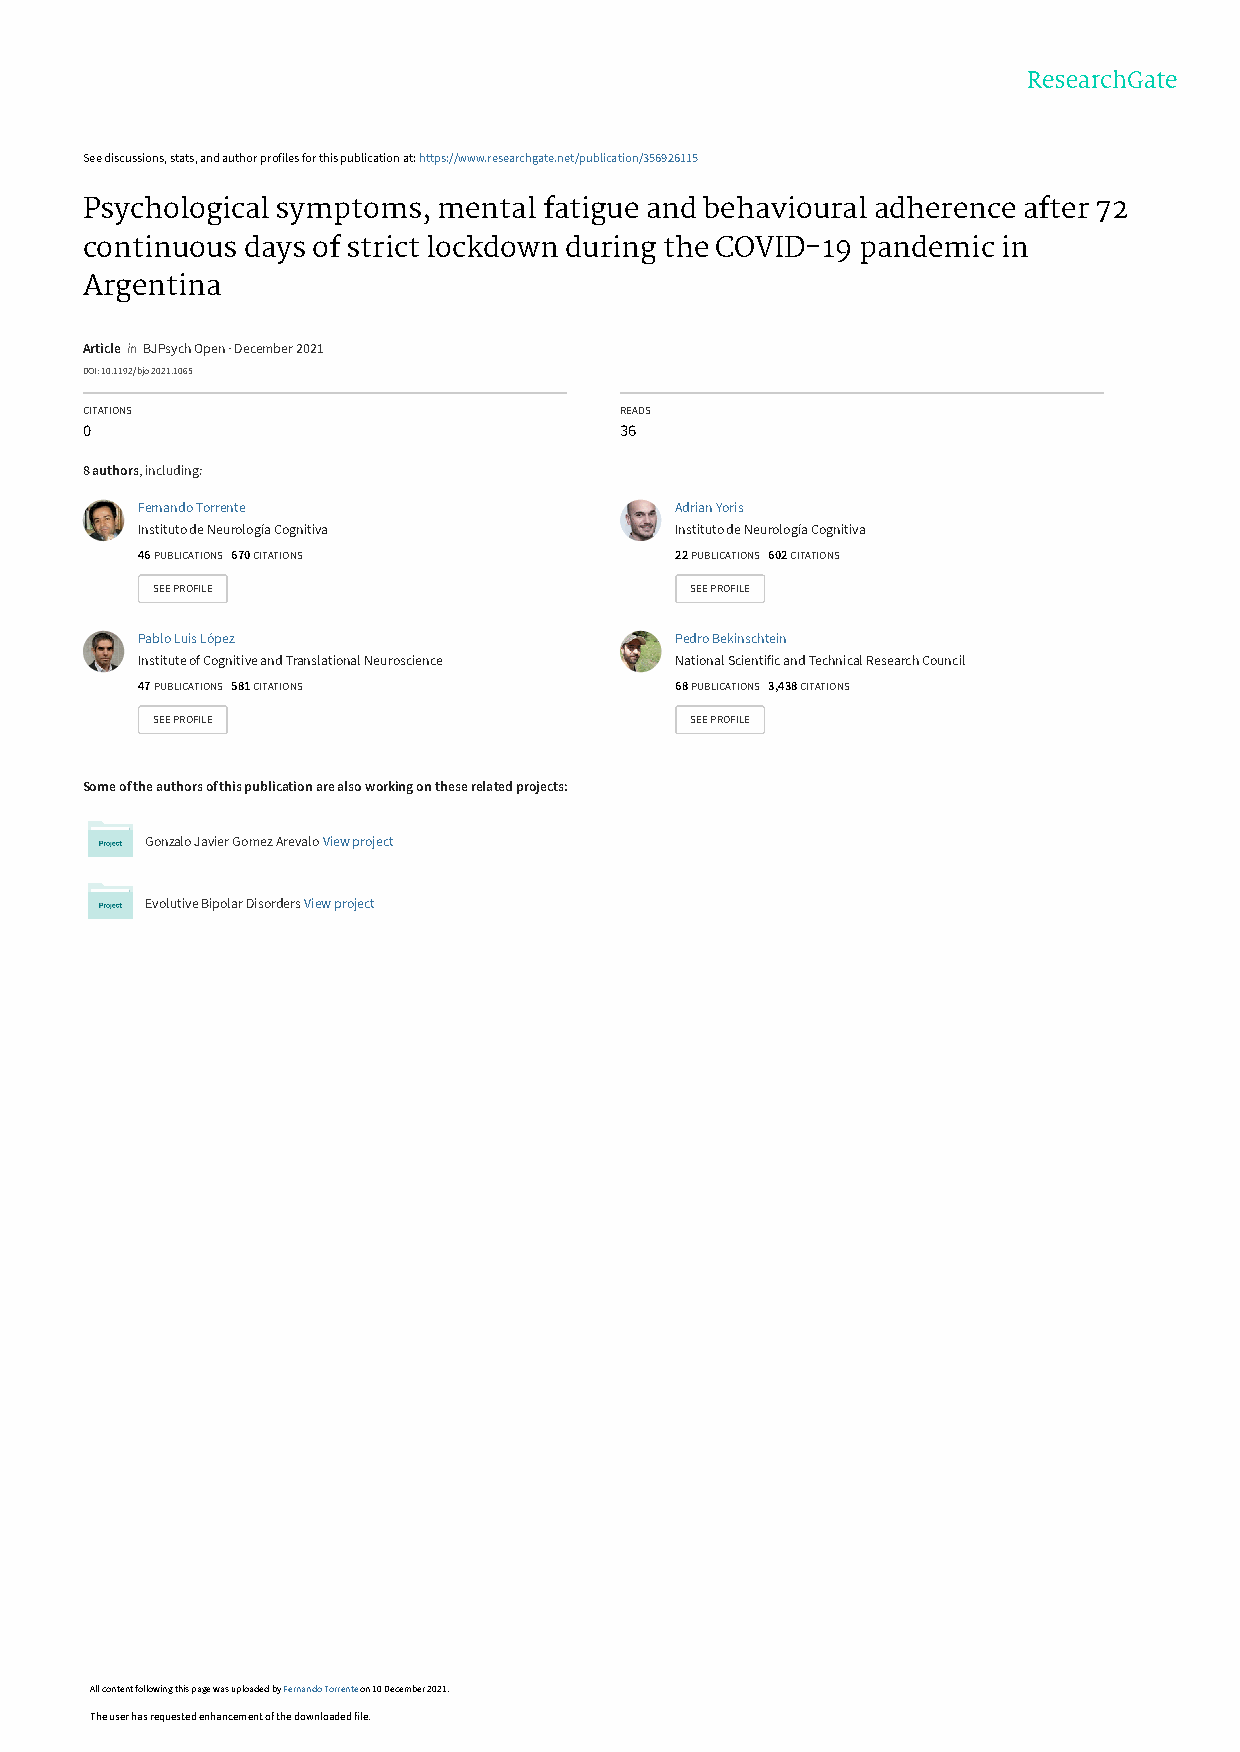
See discussions, stats, and author profiles for this publication at: https://www.researchgate.net/publication/356926115
 Psychological symptoms, mental fatigue and behavioural adherence after 72
 continuous days of strict lockdown during the COVID-19 pandemic in
 Argentina
 Article in BJPsych Open · December 2021
 DOI: 10.1192/bjo.2021.1065
 CITATIONS                           READS
 0                                   36
 8 authors, including:
 Fernando Torrente                   Adrian Yoris
 Instituto de Neurología Cognitiva   Instituto de Neurología Cognitiva
 46 PUBLICATIONS 670 CITATIONS       22 PUBLICATIONS 602 CITATIONS
 SEE PROFILE                         SEE PROFILE
 Pablo Luis López                    Pedro Bekinschtein
 Institute of Cognitive and Translational Neuroscience National Scientific and Technical Research Council
 47 PUBLICATIONS 581 CITATIONS       68 PUBLICATIONS 3,438 CITATIONS
 SEE PROFILE                         SEE PROFILE
 Some of the authors of this publication are also working on these related projects:
 Gonzalo Javier Gomez Arevalo View project
 Evolutive Bipolar Disorders View project
 All content following this page was uploaded by Fernando Torrente on 10 December 2021.
 The user has requested enhancement of the downloaded file.